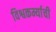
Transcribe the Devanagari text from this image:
विश्वकर्म्याची